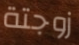
زوجتة